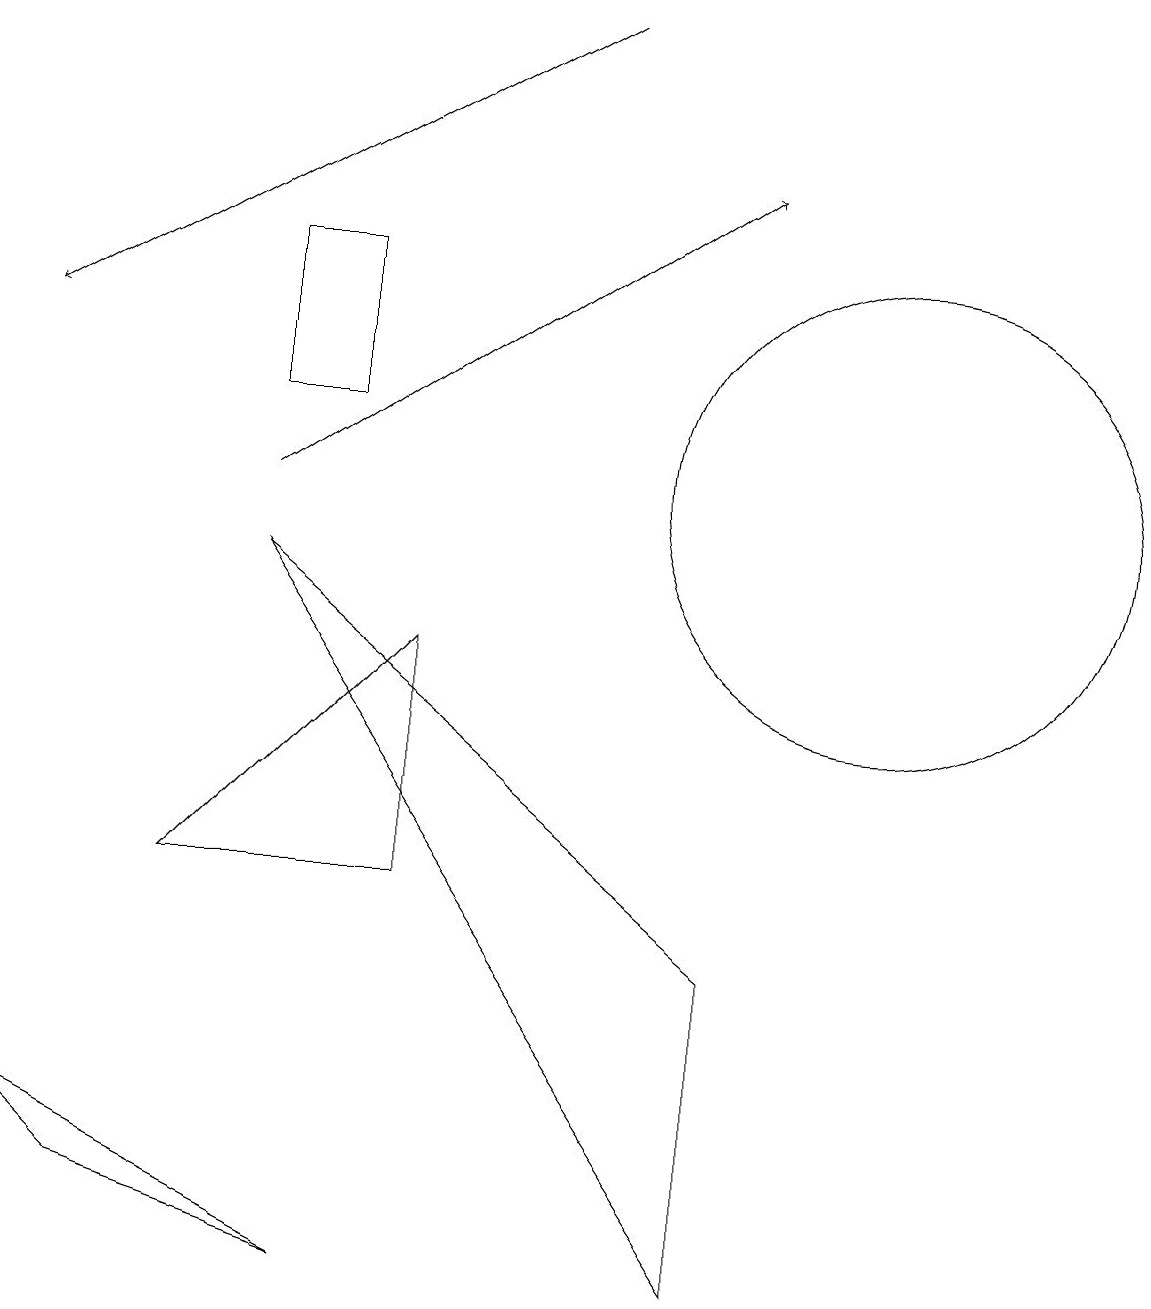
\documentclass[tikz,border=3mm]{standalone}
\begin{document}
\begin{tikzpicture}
\draw (3,13) rectangle (4,11);
\draw (5,8) -- (2,5) -- (5,5) -- cycle;
\draw[->] (3,10) -- (9,14);
\draw (0,2) -- (1,1) -- (4,0) -- cycle;
\draw (9,4) -- (9,0) -- (3,9) -- cycle;
\draw[->] (7,16) -- (0,12);
\draw (11,10) circle (3);
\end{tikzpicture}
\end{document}